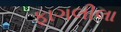
ફાગલીલા